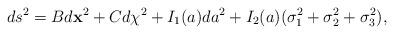
LaTeX: \begin{align*}ds^2 = B d{\bf x}^2 + C d\chi^2 + I_1(a) da^2 + I_2(a) (\sigma_1^2 + \sigma_2^2 + \sigma_3^2) ,\end{align*}